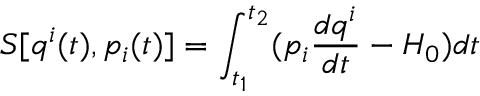
S [ q ^ { i } ( t ) , p _ { i } ( t ) ] = \int _ { t _ { 1 } } ^ { t _ { 2 } } ( p _ { i } \frac { d q ^ { i } } { d t } - H _ { 0 } ) d t